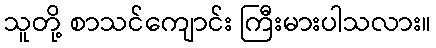
သူတို့ စာသင်ကျောင်း ကြီးမားပါသလား။